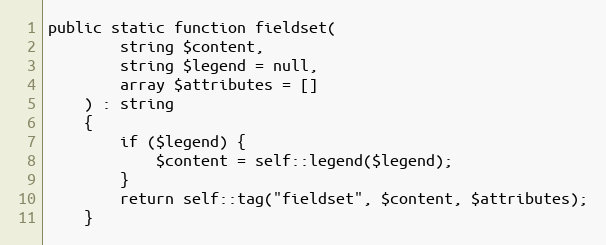
Language: PHP
public static function fieldset(
        string $content,
        string $legend = null,
        array $attributes = []
    ) : string
    {
        if ($legend) {
            $content = self::legend($legend);
        }
        return self::tag("fieldset", $content, $attributes);
    }